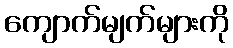
ကျောက်မျက်များကို